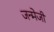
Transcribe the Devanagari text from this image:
जन्मेजी